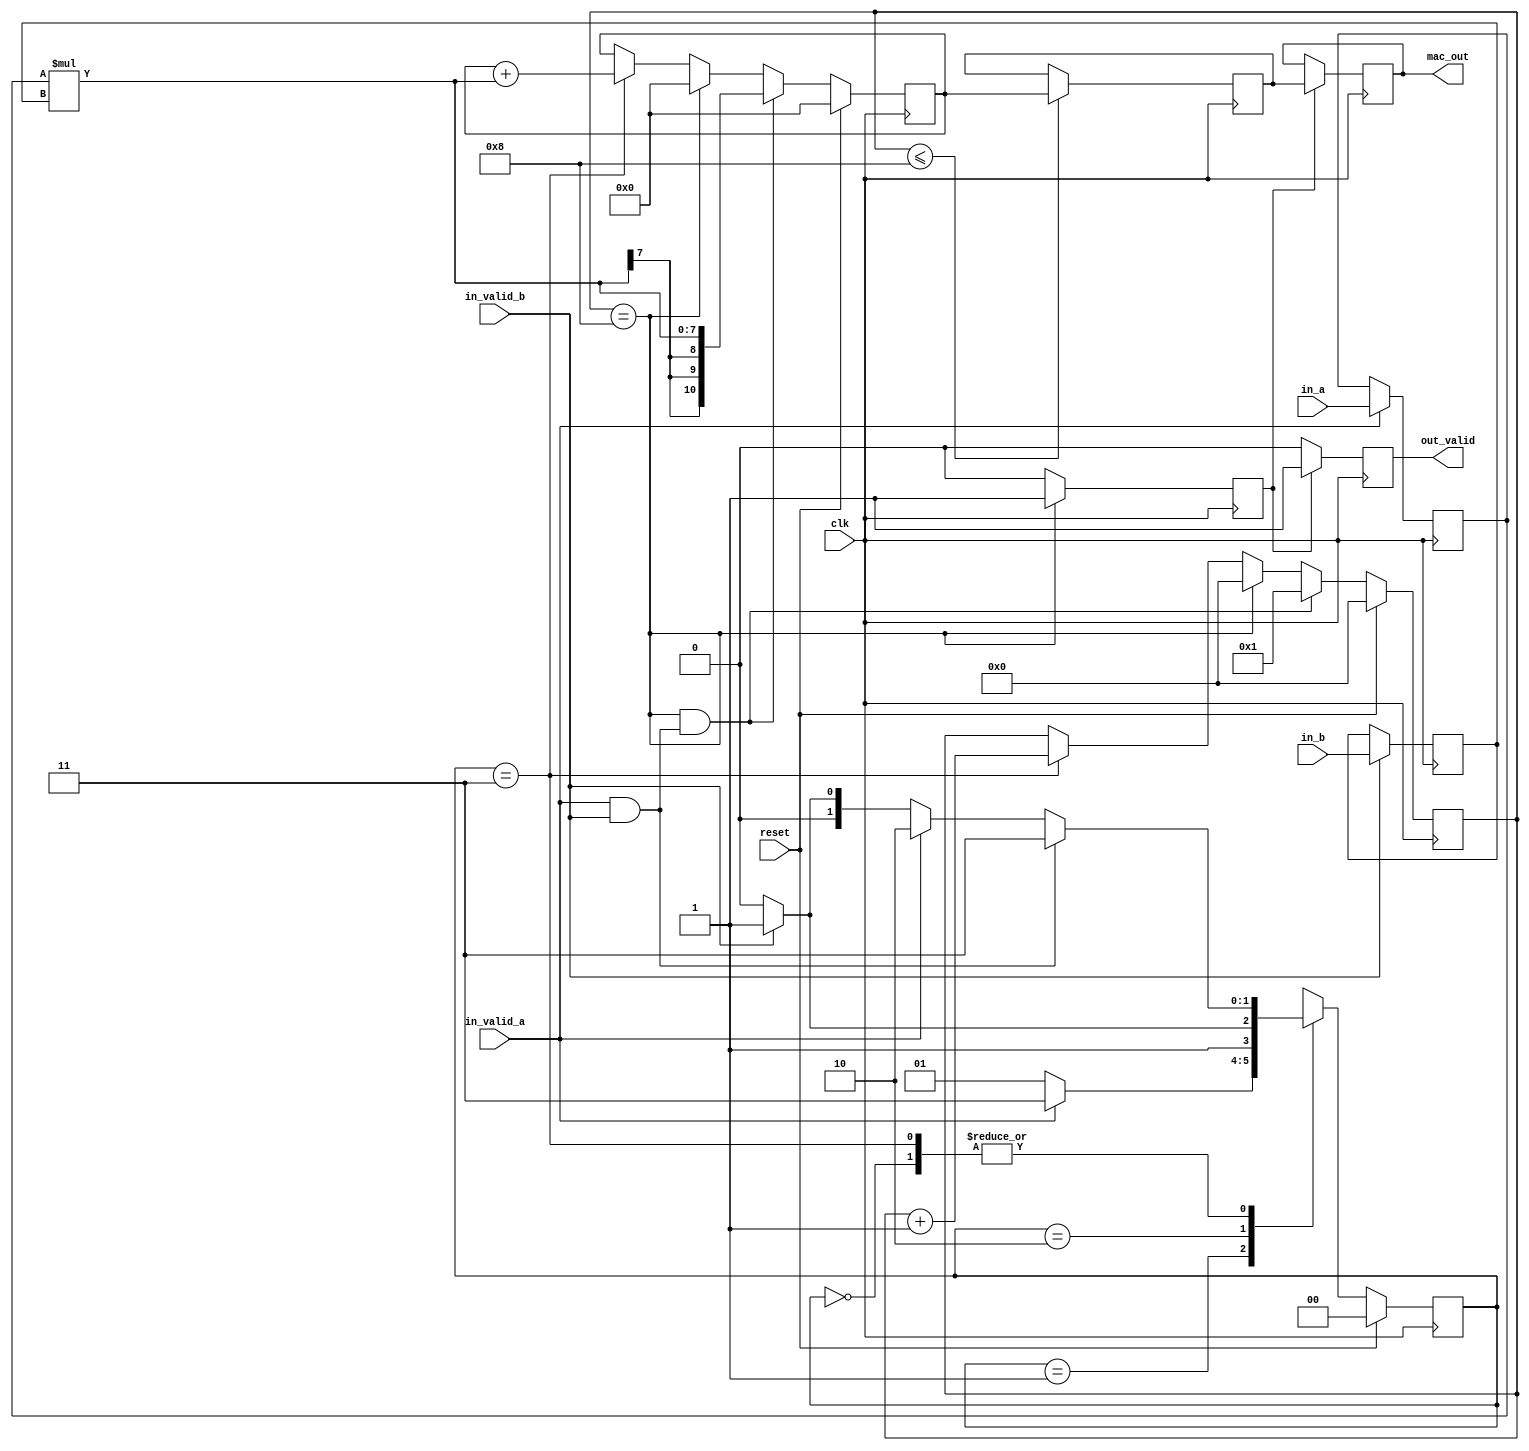
module mac(in_a, in_b, in_valid_a, in_valid_b, clk, 
			reset, mac_out, out_valid);

//input output declartion			
input signed [3:0] 	 in_a, in_b;
input 			     in_valid_a, in_valid_b;
input			     clk, reset;
output reg signed [10:0] mac_out;
output reg out_valid;


//////////////////////////////////////////////////////////////////////////

reg [1:0] st, next;
reg [3:0] counter;

reg signed [3:0] a_saved, b_saved;

reg signed [10:0] sum;
reg signed [10:0] product;

reg signed [10:0] mac;

reg cplt;
reg valid_ab;


always@(*)begin
    valid_ab <= in_valid_a & in_valid_b;
end

always@(*)begin
	product <= a_saved * b_saved;
end


//FSM
// st   | state 
// 00   | idle
// 01   | waiting for signal A valid
// 10   | waiting for signal B valid
// 11   | MAC working
//
//

always@(*)begin
	case(st)
		2'b00: 
			if(valid_ab) 
				next = 2'b11;
			else if(in_valid_a) 
				next = 2'b10; 
			else if(in_valid_b) 
				next = 2'b01; 
			else	        
				next = 2'b00;
		
		2'b01:
			if(in_valid_a) 
				next = 2'b11; 
			else
				next = 2'b01;
			
		2'b10:
			if(in_valid_b) 
		        next = 2'b11; 
			else
				next = 2'b10;
		
		2'b11:
			if(valid_ab) 
				next = 2'b11; 
			else if(in_valid_a)
				next = 2'b10;
			else if(in_valid_b)
				next = 2'b01;
			else
				next = 2'b00;
				
		default :
			next = 2'bxx;
		
	endcase
end

always@(posedge clk)begin

	if(reset)
		st <= 2'b00;
		
	else
		st <= next;

end

always@(negedge clk)begin

	if(reset)
		counter <= 4'd0;
		
	else if((counter == 4'd8) && valid_ab)
		counter <= 4'd1;
		
	else if (counter == 4'd8)
		counter <= 4'd0;
	
	else if(st==2'b11)
		counter <= counter + 4'd1;
		
end

always@(negedge clk )begin

	if(reset)
		sum <= 11'd0;
		
	else if((counter == 4'd8) && valid_ab)
		sum <= product;
		
	else if(counter == 4'd8)
		sum <= 11'd0;
	
	else if(st == 2'b11)
		sum <= sum + product;
	
end

always@(posedge clk)begin

	if(in_valid_a)
		a_saved <= in_a;
		
	if(in_valid_b)
		b_saved <= in_b;	
			
end


always@(posedge clk)begin

	if(counter<=4'd8)
		mac <= sum;

end

always@(posedge clk)begin

	if(cplt)
		mac_out <= mac;
end

always@(posedge clk)begin

	if(counter==4'd8)
		cplt <= 1'b1;
		
	else
		cplt <= 1'b0;
		
end

always@(posedge clk)begin

	if(cplt)
		out_valid <= 1'b1;
	
	else
		out_valid <= 1'b0;
end


endmodule